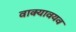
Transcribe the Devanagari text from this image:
वाक्यावयव